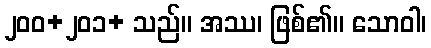
၂၀၀+၂၀၁+ သည်။ အဿ၊ ဖြစ်၏။ သောဝါ၊